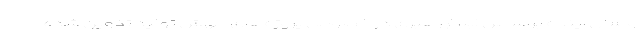
و سال آینده براساس ابلاغ رهبری در خصوص پروژه‌های جهش تولید تدوین شده